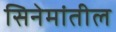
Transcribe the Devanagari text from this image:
सिनेमांतील